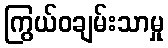
ကြွယ်ဝချမ်းသာမှု